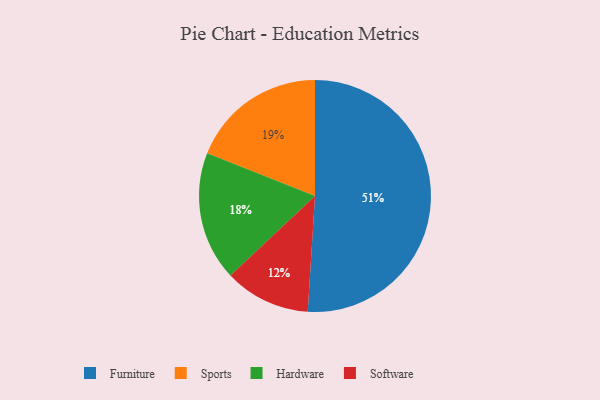
{"axis": {"x": "Category", "y": "Percentage"}, "legend": ["Furniture", "Hardware", "Software", "Sports"], "data": [{"x": "Hardware", "y": 18, "type": "Hardware"}, {"x": "Sports", "y": 19, "type": "Sports"}, {"x": "Software", "y": 12, "type": "Software"}, {"x": "Furniture", "y": 51, "type": "Furniture"}]}